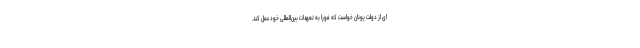
ای از دولت یونان خواست که فوراً به تعهدات بین‌المللی خود عمل کند.